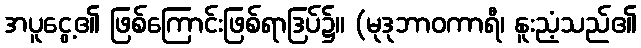
အပူငွေ့၏ ဖြစ်ကြောင်းဖြစ်ရာဒြပ်၌။ (မုဒုဘာဝကာရီ၊ နူးညံ့သည်၏